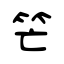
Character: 笀